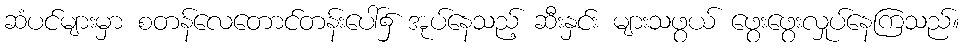
ဆံပင်များမှာ စတန်လေတောင်တန်းပေါ်၌ အုပ်နေသည့် ဆီးနှင်း များသဖွယ် ဖွေးဖွေးလှုပ်နေကြသည်။